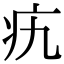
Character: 𤴦